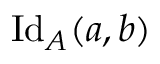
\mathrm { I d } _ { A } ( a , b )